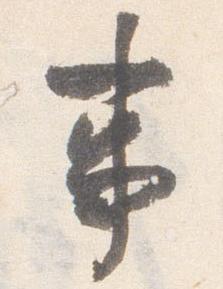
事